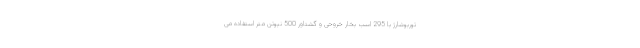
توربوشارژ با 295 اسب بخار خروحی و گشتاور 500 نیوتن متر استفاده می